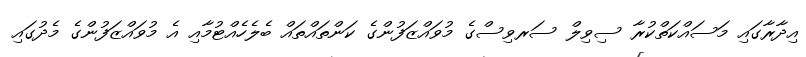
އިދާރާގައި މަސައްކަތްކުރާ ސިވިލް ސަރވިސްގެ މުވައްޒަފުންގެ ކަންތައްތައް ބެލެހެއްޓުމާއި އެ މުވައްޒަފުންގެ މެދުގައި